Indian journal of veterinary science and animal husbandry - Volume 6,
Year: 1936
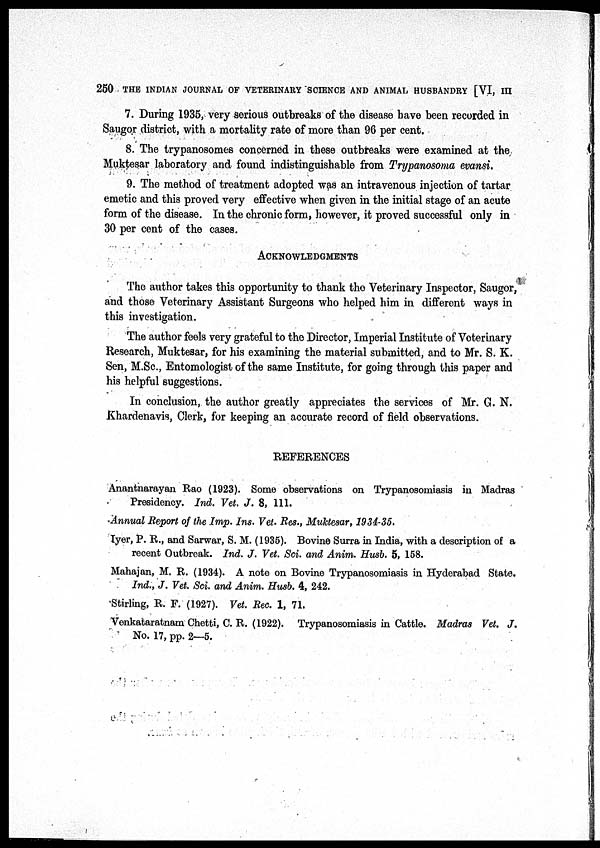
250 THE INDIAN JOURNAL OF VETERINARY SCIENCE AND ANIMAL HUSBANDRY [VI, III
7. During 1935, very serious outbreaks of the disease have been recorded in
Saugor district, with a mortality rate of more than 96 per cent.
8. The trypanosomes concerned in these outbreaks were examined at the
Muktesar laboratory and found indistinguishable from Trypanosoma evansi.
9. The method of treatment adopted was an intravenous injection of tartar
emetic and this proved very effective when given in the initial stage of an acute
form of the disease. In the chronic form, however, it proved successful only in
30 per cent of the cases.
ACKNOWLEDGMENTS
The author takes this opportunity to thank the Veterinary Inspector, Saugor,
and those Veterinary Assistant Surgeons who helped him in different ways in
this investigation.
The author feels very grateful to the Director, Imperial Institute of Veterinary
Research, Muktesar, for his examining the material submitted, and to Mr. S. K.
Sen, M.Sc., Entomologist of the same Institute, for going through this paper and
his helpful suggestions.
In conclusion, the author greatly appreciates the services of Mr. G. N.
Khardenavis, Clerk, for keeping an accurate record of field observations.
REFERENCES
Anantnarayan Rao (1923). Some observations on Trypanosomiasis in Madras
Presidency. Ind. Vet. J. 8, 111.
Annual Report of the Imp. Ins. Vet. Res., Muktesar, 1934-35.
Iyer, P. R., and Sarwar, S. M. (1935). Bovine Surra in India, with a description of a
recent Outbreak. Ind. J. Vet. Sci. and Anim. Husb. 5, 158.
Mahajan, M. R. (1934). A note on Bovine Trypanosomiasis in Hyderabad State.
Ind., J. Vet. Sci. and Anim. Husb. 4, 242.
Stirling, R. F. (1927). Vet. Rec. 1, 71.
Venkataratnam Chetti, C. R. (1922). Trypanosomiasis in Cattle. Madras Vet. J.
No. 17, pp. 2—5.